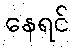
နေရင်